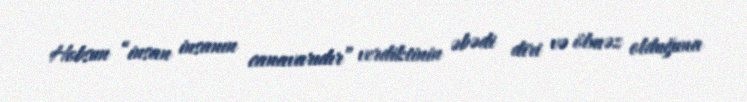
Hobsun “insan insanın canavarıdır” verdiktinin əbədi diri və ölməz olduğuna